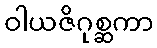
ဝါယဇိဂုစ္ဆကာ